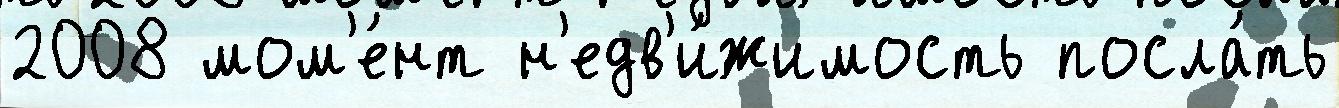
2008 мом'е́нт н'едв'и́жимость посла́ть